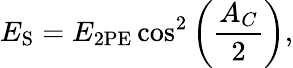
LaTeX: E_{\mathrm{S}}=E_{\mathrm{2PE}}\cos^{2}\left(\frac{A_{C}}{2}\right),